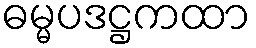
ဓမ္မပဒဋ္ဌကထာ